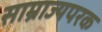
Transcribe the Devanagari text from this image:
साम्राज्यपरक